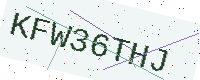
Text: KFW36THJ